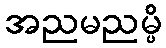
အညမညမ္ပိ